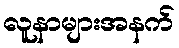
လူနာများအနက်